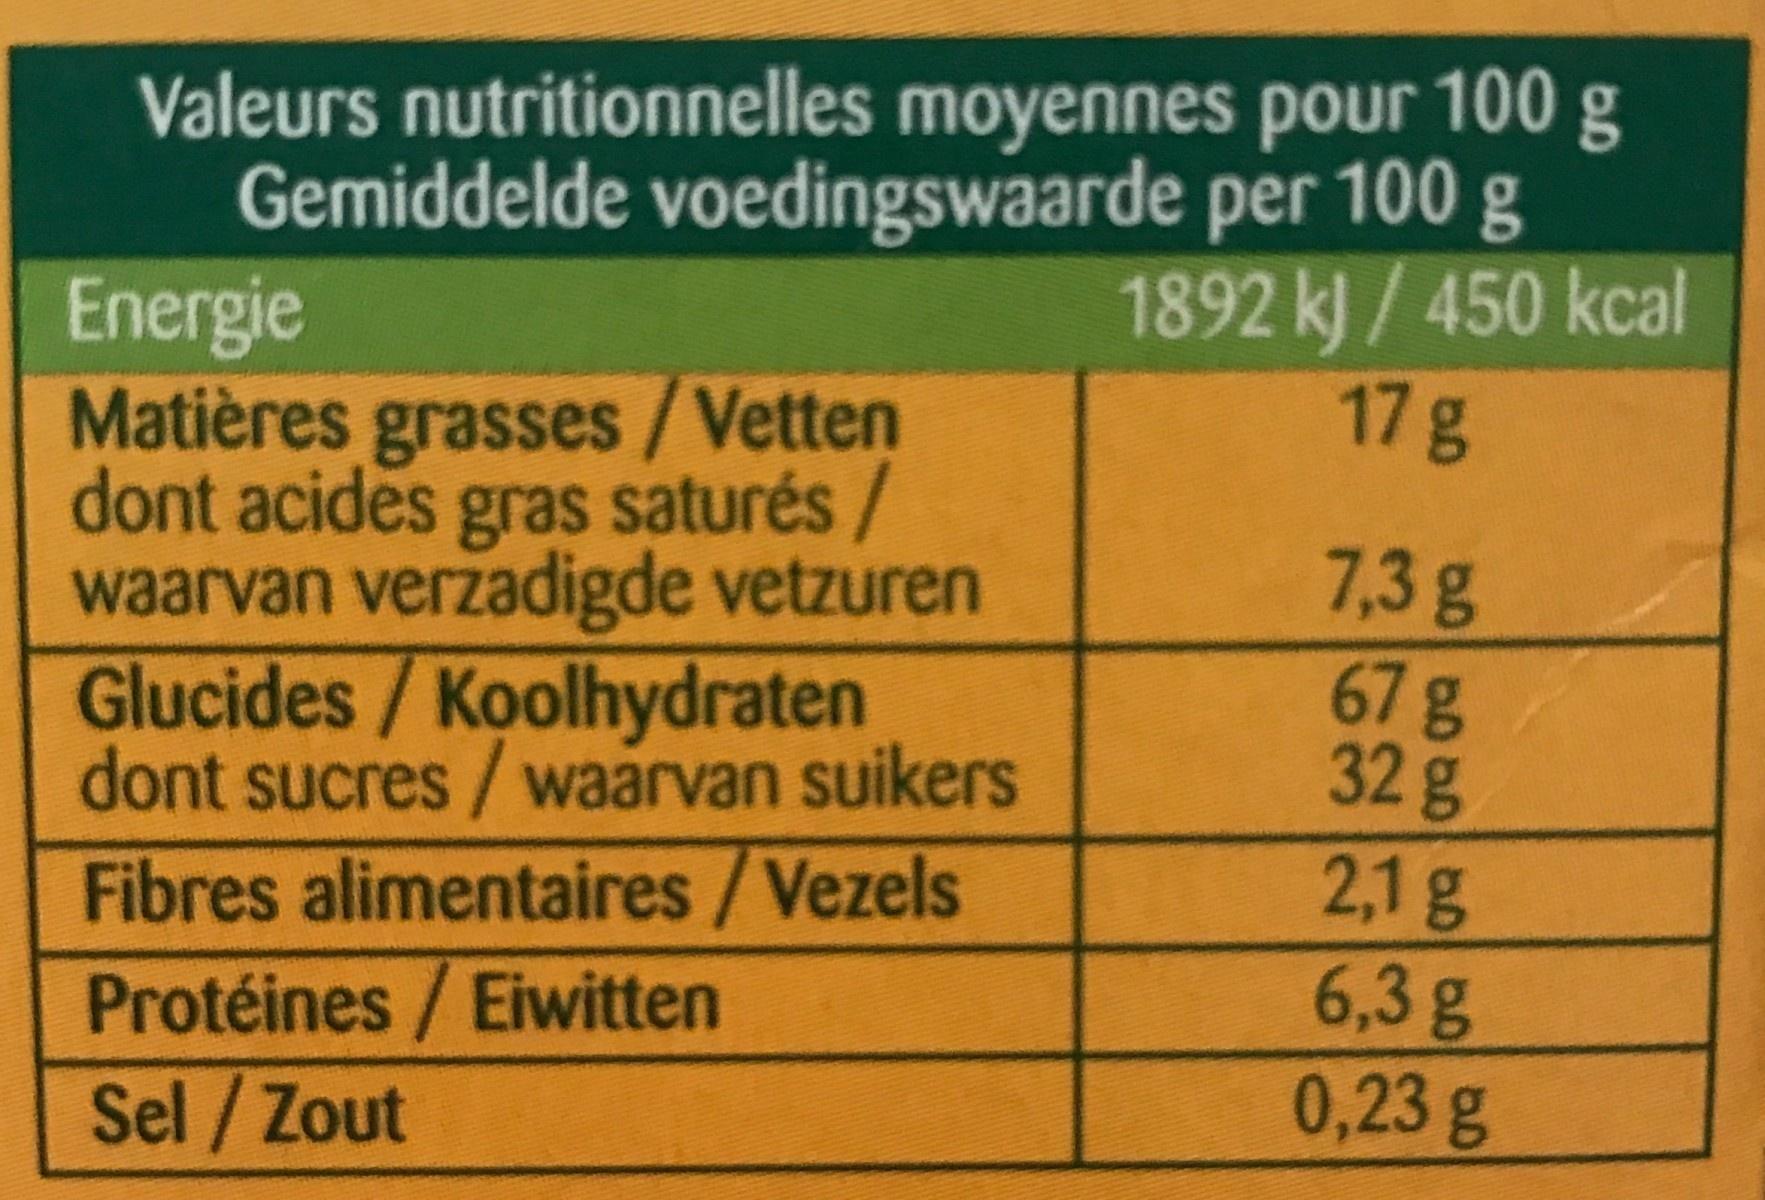
Valeurs nutritionnelles moyennes pour 100 g Gemiddelde voedingswaarde per 100 g Energie Matières grasses/Vetten dont acides gras saturés/ waarvan verzadigde vetzuren Glucides/Koolhydraten dont sucres / waarvan suikers Fibres alimentaires/Vezels Protéines / Eiwitten Sel /Zout
1892 k) / 450 kcal 17g
7,3g 67g 32g 2,1 g 6,3 g 0,23 g